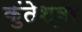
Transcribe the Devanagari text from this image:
कुंतेश्वर